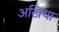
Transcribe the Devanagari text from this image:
अखिया